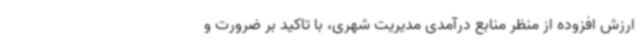
ارزش افزوده از منظر منابع درآمدی مدیریت شهری، با تاکید بر ضرورت و